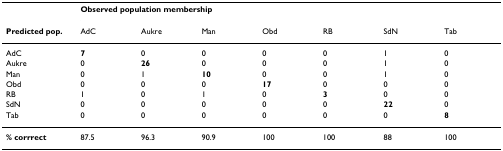
|  | <COLSPAN=7> Observed population membership |
 | Predicted pop. | AdC | Aukre | Man | Obd | RB | SdN | Tab |
 | --- | --- | --- | --- | --- | --- | --- | --- |
 | AdC | 7 | 0 | 0 | 0 | 0 | 1 | 0 |
 | Aukre | 0 | 26 | 0 | 0 | 0 | 1 | 0 |
 | Man | 0 | 1 | 10 | 0 | 0 | 1 | 0 |
 | Obd | 0 | 0 | 0 | 17 | 0 | 0 | 0 |
 | RB | 1 | 0 | 1 | 0 | 3 | 0 | 0 |
 | SdN | 0 | 0 | 0 | 0 | 0 | 22 | 0 |
 | Tab | 0 | 0 | 0 | 0 | 0 | 0 | 8 |
 | % corrrect | 87.5 | 96.3 | 90.9 | 100 | 100 | 88 | 100 |